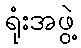
ရုံးအဖွဲ့